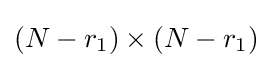
(N-r_{1})\times (N-r_{1})